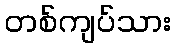
တစ်ကျပ်သား